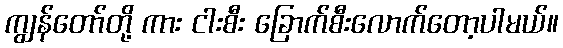
ကျွန်တော်တို့ ကား ငါးစီး ခြောက်စီးလောက်တော့ပါမယ်။